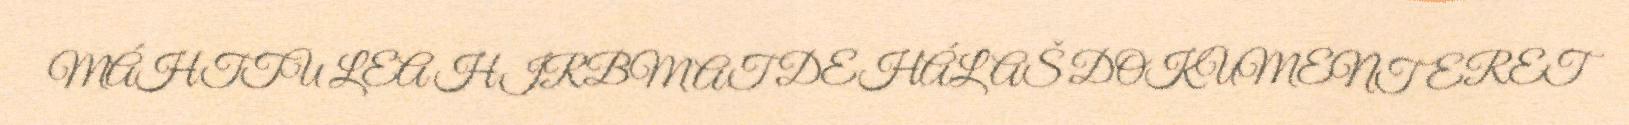
MÁHTTU LEA HIRBMAT DEHÁLAŠ DOKUMENTERET